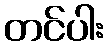
တင်ပါး